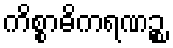
ကိစ္စာဓိကရဏဉ္စ